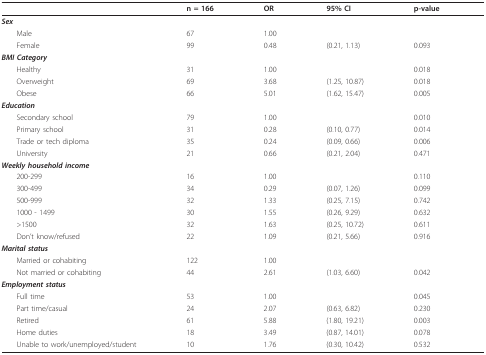
<table><thead><tr><td></td><td><b>n = 166</b></td><td><b>OR</b></td><td><b>95% CI</b></td><td><b>p-value</b></td></tr></thead><tbody><tr><td><b><i>Sex</i></b></td><td></td><td></td><td></td><td></td></tr><tr><td> Male</td><td>67</td><td>1.00</td><td></td><td></td></tr><tr><td> Female</td><td>99</td><td>0.48</td><td>(0.21, 1.13)</td><td>0.093</td></tr><tr><td><b><i>BMI Category</i></b></td><td></td><td></td><td></td><td></td></tr><tr><td> Healthy</td><td>31</td><td>1.00</td><td></td><td>0.018</td></tr><tr><td> Overweight</td><td>69</td><td>3.68</td><td>(1.25, 10.87)</td><td>0.018</td></tr><tr><td> Obese</td><td>66</td><td>5.01</td><td>(1.62, 15.47)</td><td>0.005</td></tr><tr><td><b><i>Education</i></b></td><td></td><td></td><td></td><td></td></tr><tr><td> Secondary school</td><td>79</td><td>1.00</td><td></td><td>0.010</td></tr><tr><td> Primary school</td><td>31</td><td>0.28</td><td>(0.10, 0.77)</td><td>0.014</td></tr><tr><td> Trade or tech diploma</td><td>35</td><td>0.24</td><td>(0.09, 0.66)</td><td>0.006</td></tr><tr><td> University</td><td>21</td><td>0.66</td><td>(0.21, 2.04)</td><td>0.471</td></tr><tr><td><b><i>Weekly household income</i></b></td><td></td><td></td><td></td><td></td></tr><tr><td> 200-299</td><td>16</td><td>1.00</td><td></td><td>0.110</td></tr><tr><td> 300-499</td><td>34</td><td>0.29</td><td>(0.07, 1.26)</td><td>0.099</td></tr><tr><td> 500-999</td><td>32</td><td>1.33</td><td>(0.25, 7.15)</td><td>0.742</td></tr><tr><td> 1000 - 1499</td><td>30</td><td>1.55</td><td>(0.26, 9.29)</td><td>0.632</td></tr><tr><td> &gt;1500</td><td>32</td><td>1.63</td><td>(0.25, 10.72)</td><td>0.611</td></tr><tr><td> Don&#x27;t know/refused</td><td>22</td><td>1.09</td><td>(0.21, 5.66)</td><td>0.916</td></tr><tr><td><b><i>Marital status</i></b></td><td></td><td></td><td></td><td></td></tr><tr><td> Married or cohabiting</td><td>122</td><td>1.00</td><td></td><td></td></tr><tr><td> Not married or cohabiting</td><td>44</td><td>2.61</td><td>(1.03, 6.60)</td><td>0.042</td></tr><tr><td><b><i>Employment status</i></b></td><td></td><td></td><td></td><td></td></tr><tr><td> Full time</td><td>53</td><td>1.00</td><td></td><td>0.045</td></tr><tr><td> Part time/casual</td><td>24</td><td>2.07</td><td>(0.63, 6.82)</td><td>0.230</td></tr><tr><td> Retired</td><td>61</td><td>5.88</td><td>(1.80, 19.21)</td><td>0.003</td></tr><tr><td> Home duties</td><td>18</td><td>3.49</td><td>(0.87, 14.01)</td><td>0.078</td></tr><tr><td> Unable to work/unemployed/student</td><td>10</td><td>1.76</td><td>(0.30, 10.42)</td><td>0.532</td></tr></tbody></table>